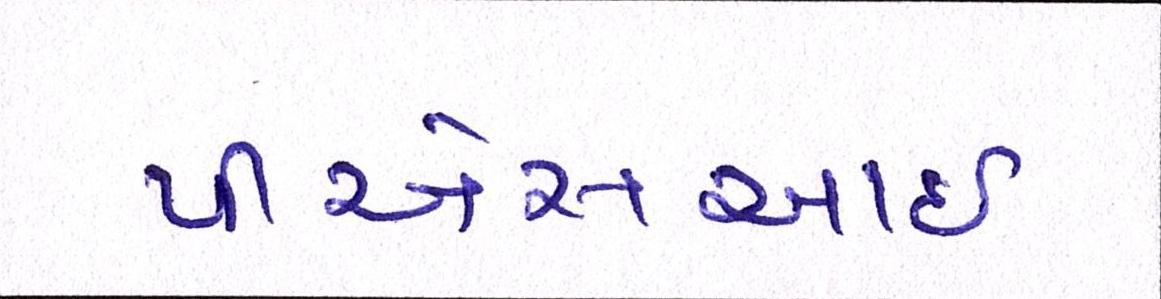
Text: પીએસઆઈ